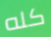
كله